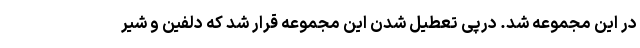
در این مجموعه شد. درپی تعطیل شدن این مجموعه قرار شد که دلفین و شیر